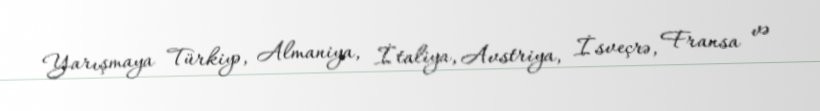
Yarışmaya Türkiyə, Almaniya, İtaliya, Avstriya, İsveçrə, Fransa və